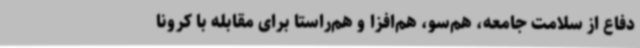
دفاع از سلامت جامعه، هم‌سو، هم‌افزا و هم‌راستا برای مقابله با کرونا